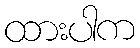
ထားပါက